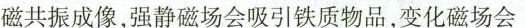
磁共振成像，强静磁场会吸引铁质物品，变化磁场会